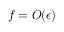
f = O ( \epsilon )